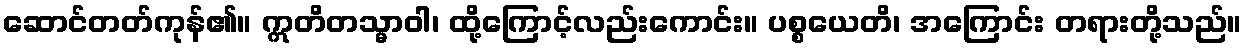
ဆောင်တတ်ကုန်၏။ ဣတိတသ္မာဝါ၊ ထို့ကြောင့်လည်းကောင်း။ ပစ္စယေတိ၊ အကြောင်း တရားတို့သည်။